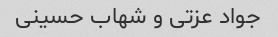
جواد عزتی و شهاب حسینی